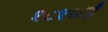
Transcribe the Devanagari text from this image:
१८१७ई